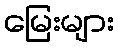
မြေးများ